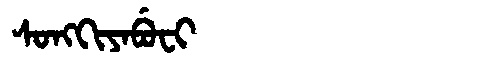
Manchu: ᠰᠣᠩᡴᡳᠶᠠᠪᡠᠸᡳ
Romanization: SONGKIYABUFI